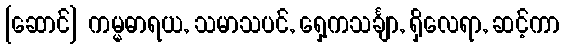
[ဆောင်] ကမ္မဓာရယ, သမာသပင်, ရှေ့ကသင်္ချာ, ရှိလေရာ, ဆင့်ကာ